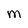
Character: M